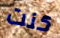
كنت